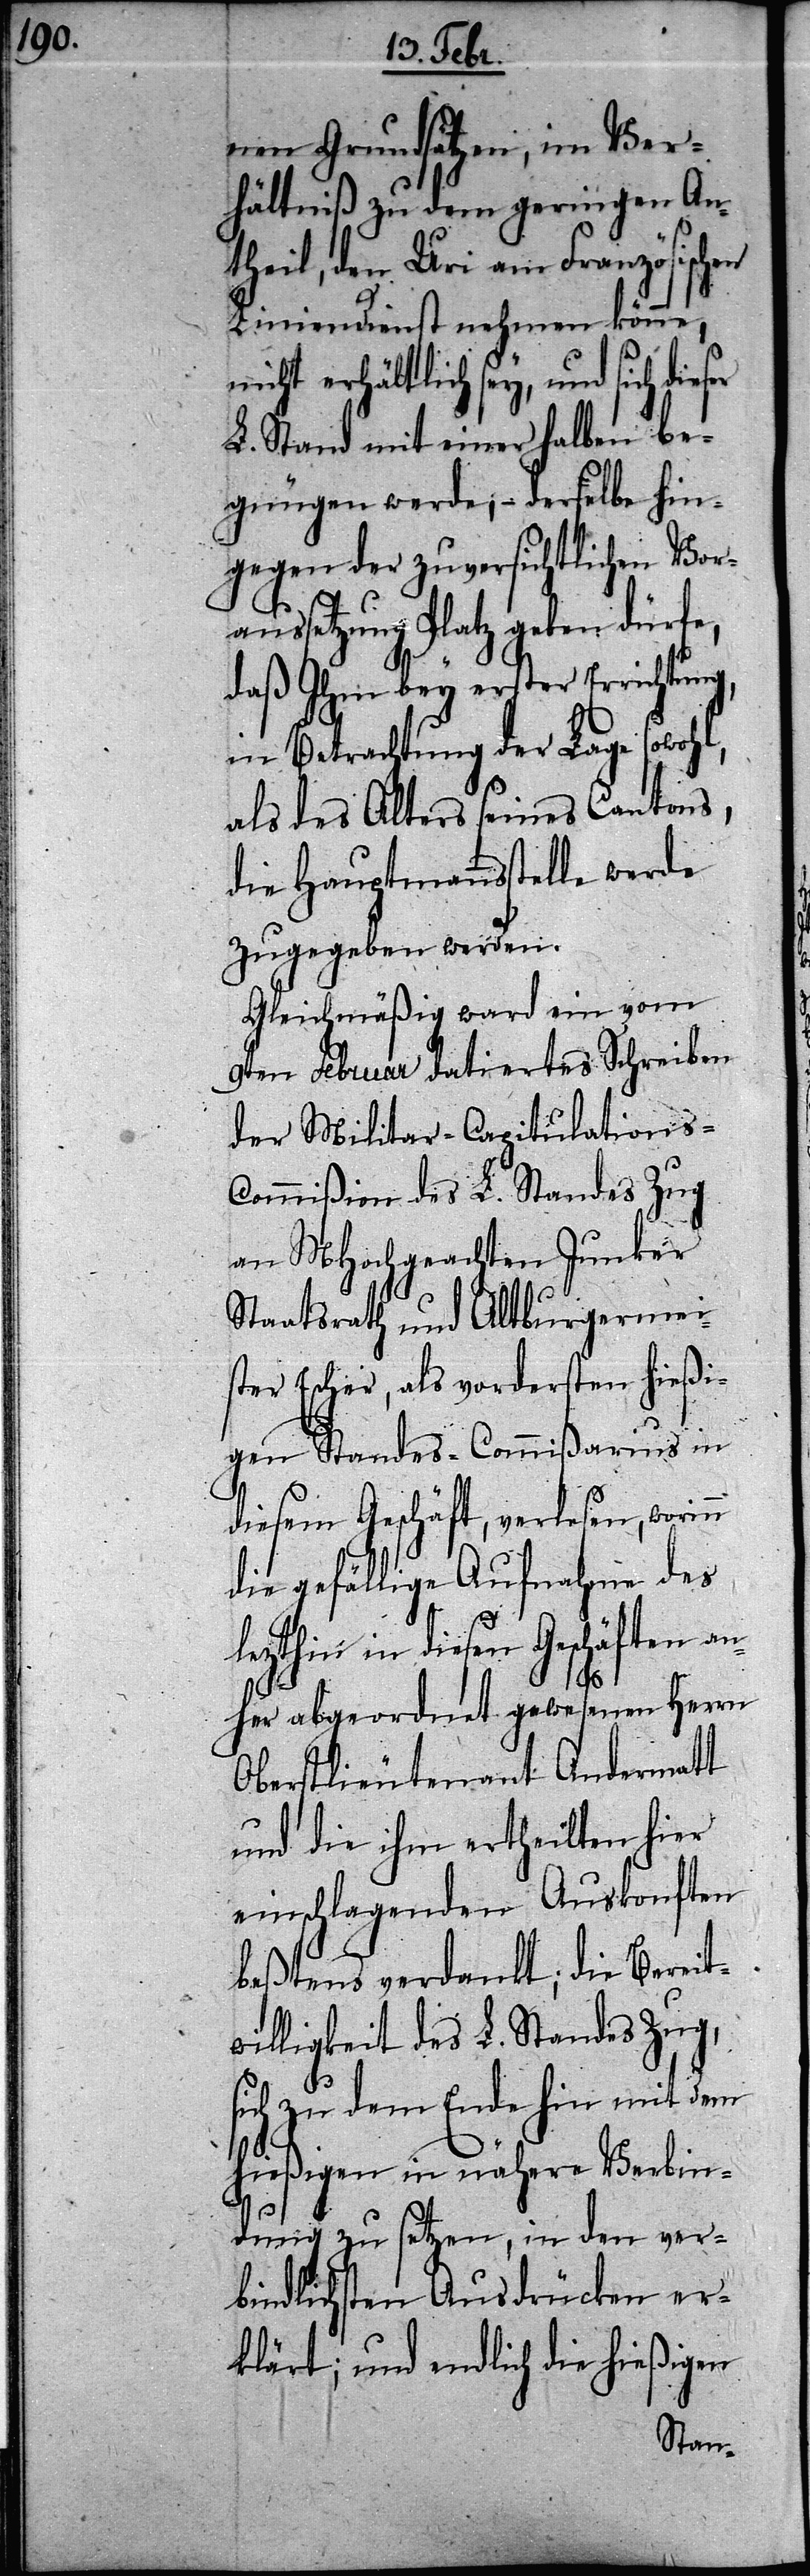
nen Grundsätzen, im Ver¬
hältniß zu dem geringen An¬
theil, den Uri am Französischen
Liniendienst nehmen könne,
nicht erhältlich sey, und sich die¬
L. Stand mit einer halben be¬
gnügen werde, – derselbe hin¬
gegen der zuversichtlichen Vor¬
aussetzung Platz geben dürfe,
daß ihm bey erster Errichtung,
in Betrachtung der Lage sowohl,
als des Alters seines Cantons,
die Hauptmannsstelle werde
zugegeben werden.
Gleichmäßig ward ein vom
9ten Februar datiertes Schreiben
der Militar-Capitulations-C¬
ommißion des L. Standes Zug
an MHochgeachten Junker
Staatsrath und Altburgermei¬
ster Escher, als vordersten hießi¬
gen Standes-Commißarius in
diesem Geschäft, verlesen, worinn
die gefällige Aufnahme des
lezthin in diesen Geschäften an¬
her abgeordnet gewesenen Herrn
Oberstlieutenant Andermatt
und die ihm ertheilten hier
einschlagenden Auskonften
beßtens verdankt; die Bereit¬
willigkeit des L. Standes Zug,
sich zu dem Ende hin mit dem
hießigen in nähere Verbin¬
ser
dung zu setzen, in den ver¬
bindlichsten Ausdrücken er¬
klärt; und endlich die hießigen